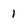
Character: 1